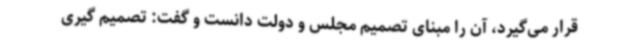
قرار می‌گیرد، آن ‌را مبنای تصمیم مجلس و دولت دانست و گفت: تصمیم گیری